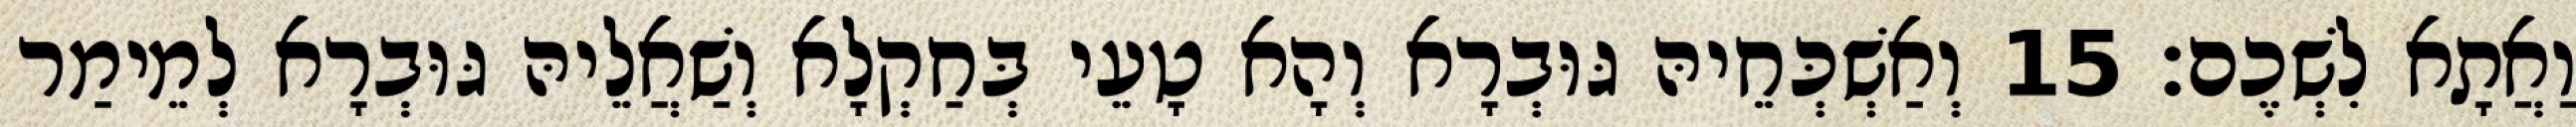
וַאֲתָא לִשְׁכֶם׃ 15 וְאַשְׁכְּחֵיהּ גּוּבְרָא וְהָא טָעֵי בְּחַקְלָא וְשַׁאֲלֵיהּ גּוּבְרָא לְמֵימַר